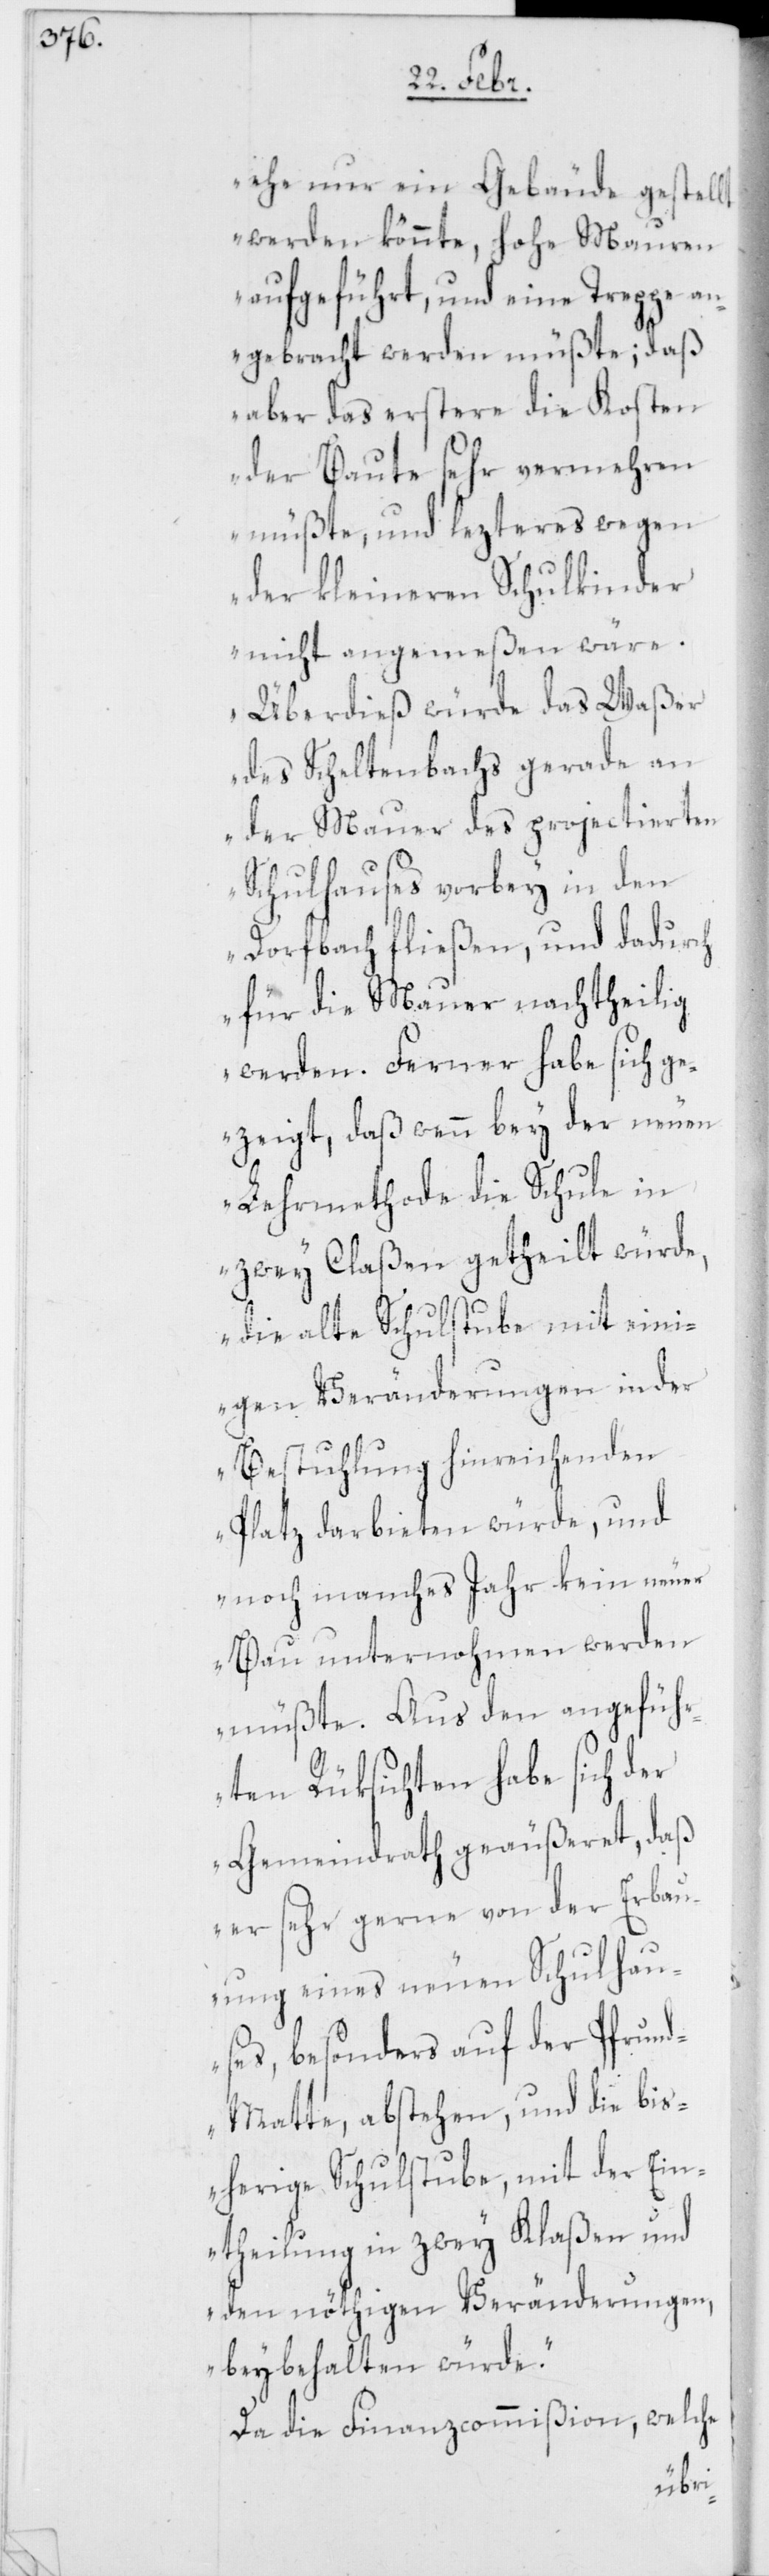
ehe nur ein Gebäude gestellt
werden könnte, hohe Mauren
aufgeführt, und eine Treppe an¬
gebracht werden müßte; daß
aber das erstere die Kosten
der Baute sehr vermehren
müßte, und lezteres wegen
der kleineren Schulkinder
nicht angemeßen wäre.
Überdieß würde das Waßer
des Scheltenbachs gerade an
der Mauer des projectierten
Schulhauses vorbey in den
Dorfbach fließen, und dadurch
für die Mauer nachtheilig
werden. Ferner habe sich g¬
ezeigt, daß wenn bey der neuen
Lehrmethode die Schule in
zwey Claßen getheilt würde,
die alte Schulstube mit ein¬
igen Veränderungen in der
Bestuhlung hinreichenden
Platz darbieten würde, und
noch manches Jahr kein neuer
Bau unternohmen werden
müßte. Aus den angefüh¬
rten Rüksichten habe sich der
Gemeindrath geäußeret, daß
er sehr gerne von der Erbau¬
ung eines neuen Schulhau¬
ses, besonders auf der Pfrun¬
d-Matte, abstehen, und die bis¬
herige Schulstube, mit der Ein¬
theilung in zwey Klaßen und
den nöthigen Veränderungen,
beybehalten würde.“
Da die Finanzcommißion, welche